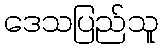
ဒေသပြည်သူ